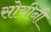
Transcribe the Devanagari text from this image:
सोयीनी